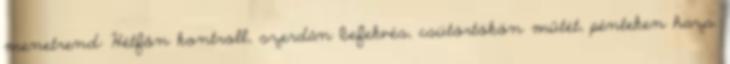
menetrend: Hétfőn kontroll, szerdán befekvés, csütörtökön műtét, pénteken haza.